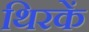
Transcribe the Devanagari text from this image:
थिरकें